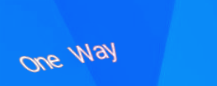
One Way